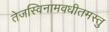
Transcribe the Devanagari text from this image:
तेजस्विनामवधीतमस्तु